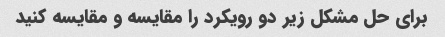
برای حل مشکل زیر دو رویکرد را مقایسه و مقایسه کنید